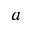
a